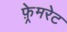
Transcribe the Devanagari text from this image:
फ़्रेमरेट